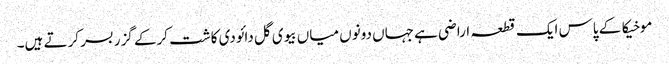
موخیکا کے پاس ایک قطعہ اراضی ہے جہاں دونوں میاں بیوی گل دائودی کاشت کرکے گزر بسر کرتے ہیں۔